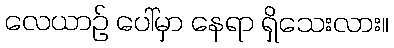
လေယာဉ် ပေါ်မှာ နေရာ ရှိသေးလား။